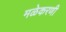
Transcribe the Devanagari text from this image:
मळेकरणी